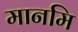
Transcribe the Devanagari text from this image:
मानमि